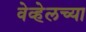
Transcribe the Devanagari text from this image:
वेव्हेलच्या